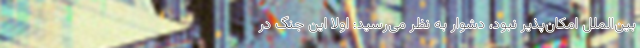
بین‌الملل امکان‌پذیر نبود، دشوار به نظر می‌رسید: اولاً این جنگ در